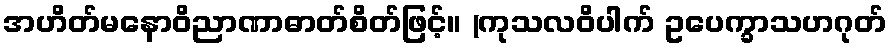
အဟိတ်မနောဝိညာဏာဓာတ်စိတ်ဖြင့်။ (ကုသလဝိပါက် ဥပေက္ခာသဟဂုတ်